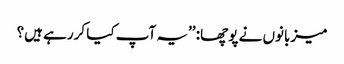
میزبانوں نے پوچھا: ’’یہ آپ کیا کررہے ہیں؟